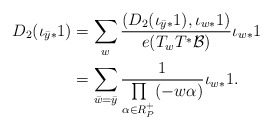
\begin{align*}D_2(\iota_{\bar{y}*}1)&=\sum\limits_{w}\frac{(D_2(\iota_{\bar{y}*}1), \iota_{w*}1)}{e(T_wT^*\mathcal{B})}\iota_{w*}1\\&=\sum\limits_{\bar{w}=\bar{y}}\frac{1}{\prod\limits_{\alpha\in R^+_P}(-w\alpha)}\iota_{w*}1.\end{align*}